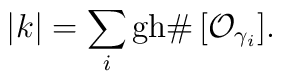
|k|=\sum_i{\rm gh}\#\,[{\cal O}_{\gamma_i}].